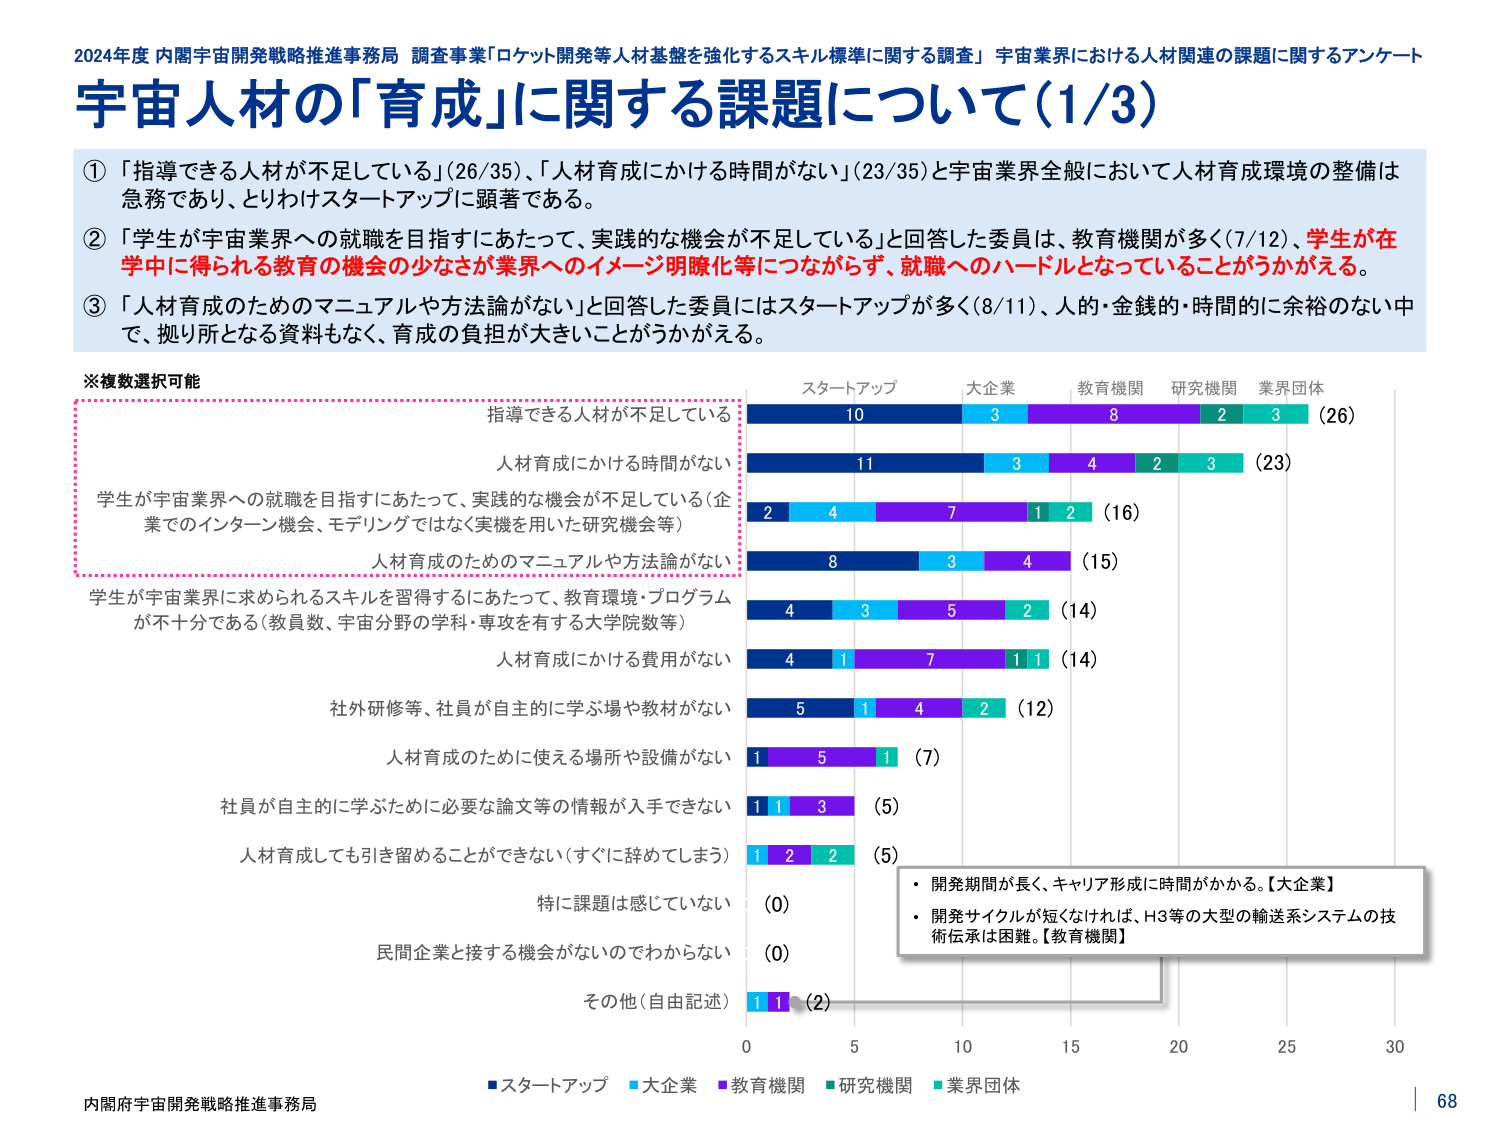
2024年度 内閣宇宙開発戦略推進事務局 調査事業「ロケット開発等人材基盤を強化するスキル標準に関する調査」 宇宙業界における人材関連の課題に関するアンケート
宇宙人材の「育成」に関する課題について（1/3）

① 「指導できる人材が不足している」（26/35）、「人材育成にかける時間がない」（23/35）と宇宙業界全般において人材育成環境の整備は急務であり、とりわけスタートアップに顕著である。

② 「学生が宇宙業界への就職を目指すにあたって、実践的な機会が不足している」と回答した委員は、教育機関が多く（7/12）、学生が在学中に得られる教育の機会の少なさが業界へのイメージ明確化等につながらず、就職へのハードルとなっていることがうかがえる。

③ 「人材育成のためのマニュアルや方法論がない」と回答した委員にはスタートアップが多く（8/11）、人的・金銭的・時間的に余裕のない中で、拠り所となる資料もなく、育成の負担が大きいことがうかがえる。

※複数選択可能

指導できる人材が不足している
人材育成にかける時間がない
学生が宇宙業界への就職を目指すにあたって、実践的な機会が不足している（企業でのインターン機会、モデリングではなく実機を用いた研究機会等）
人材育成のためのマニュアルや方法論がない
学生が宇宙業界に求められるスキルを習得するにあたって、教育環境・プログラムが不十分である（教員数、宇宙分野の学科・専攻を有する大学院数等）
人材育成にかける費用がない
社外研修等、社員が自主的に学ぶ場や教材がない
人材育成のために使える場所や設備がない
社員が自主的に学ぶために必要な論文等の情報が入手できない
人材育成しても引き留めることができない（すぐに辞めてしまう）
特に課題は感じていない
民間企業と接する機会がないのでわからない
その他（自由記述）

スタートアップ　大企業　教育機関　研究機関　業界団体
10　3　8　2　3　（26）
11　3　4　2　3　（23）
2　4　7　1　2　（16）
8　3　4　　（15）
4　3　5　2　（14）
4　1　7　1　1　（14）
5　1　4　2　（12）
1　5　1　（7）
1　1　3　（5）
1　2　2　（5）
（0）
（0）
1　1　（2）

・開発期間が長く、キャリア形成に時間がかかる。【大企業】
・開発サイクルが短くなれば、H3等の大型の輸送系システムの技術伝承は困難。【教育機関】

■スタートアップ　■大企業　■教育機関　■研究機関　■業界団体

内閣府宇宙開発戦略推進事務局
68